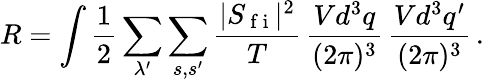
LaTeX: R=\int\frac{1}{2}\sum_{\lambda^{\prime}}\sum_{s,s^{\prime}}\frac{|S_{\mathrm{~f~i~}}|^{2}}{T}\, \frac{Vd^{3}q}{(2\pi)^{3}}\, \frac{Vd^{3}q^{\prime}}{(2\pi)^{3}}\, .